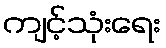
ကျင့်သုံးရေး